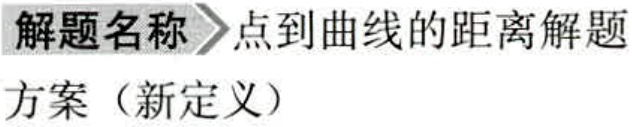
解题名称 \(\rightharpoonup\) 点到曲线的距离解题
方案（新定义）